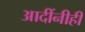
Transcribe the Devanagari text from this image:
आदींनीही